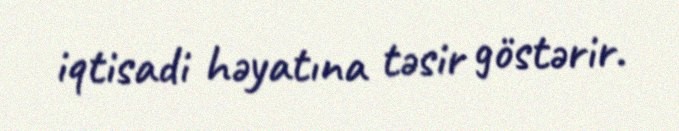
iqtisadi həyatına təsir göstərir.